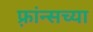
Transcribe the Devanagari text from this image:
फ़्रांन्सच्या